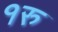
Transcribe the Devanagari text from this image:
१रु